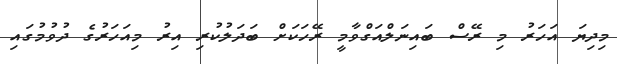
މިދިޔަ އަހަރު މި ރޭސް ބައިނަލްއަގްވާމީ ރޭހަކަށް ބަދަލުކުރި އިރު މިއަހަރުގެ ދުވުމުގައި